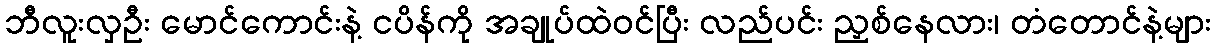
ဘီလူးလှဦး မောင်ကောင်းနဲ့ ငပိန်ကို အချုပ်ထဲဝင်ပြီး လည်ပင်း ညှစ်နေလား၊ တံတောင်နဲ့များ